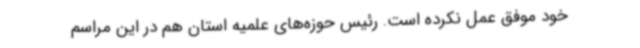
خود موفق عمل نکرده است. رئیس حوزه‌های علمیه استان هم در این مراسم